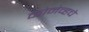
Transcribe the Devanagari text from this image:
कोनेव्हचे